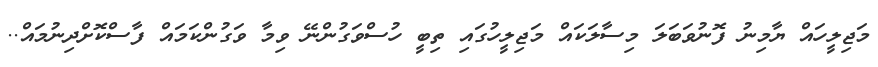
މަޖިލީހައް ޔާމިނު ފޮނުވަބަލަ މިސާލަކައް މަޖިލީހުގައި ތިބީ ހުސްވަގުންނޭ ވިމާ ވަގުންކަމައް ފާސްކޮށްދިނުމައް..